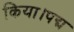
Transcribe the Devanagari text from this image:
किया।पद्म